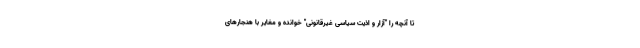
تا آنچه را "آزار و اذیت سیاسی غیرقانونی" خوانده و مغایر با هنجارهای